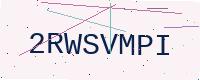
Text: 2RWSVMPI